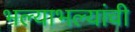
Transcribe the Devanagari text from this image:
भल्याभल्यांची